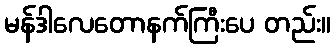
မန်ဒါလေတောနက်ကြီးပေ တည်း။